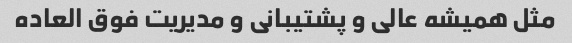
مثل همیشه عالی و پشتیبانی و مدیریت فوق العاده